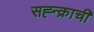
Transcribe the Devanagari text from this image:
सह्न्क्राची